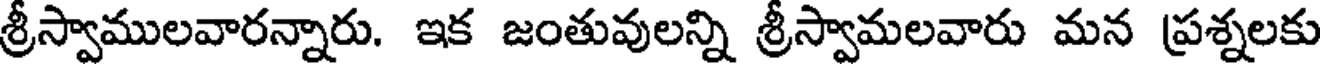
శ్రీస్వాములవారన్నారు. ఇక జంతువులన్ని శ్రీస్వామలవారు మన ప్రశ్నలకు